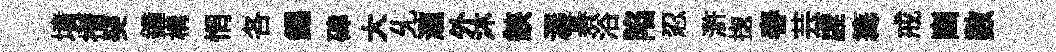
墳攅癸鐘構惘各錫硉大𠃔瀧外沐鋏潺碁浴陷忍滸揔舂芸虗篝戒豳數